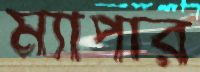
ম্যাপার